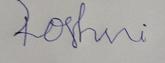
Signature authenticity: forged